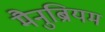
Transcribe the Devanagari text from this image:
मैनुब्रियम